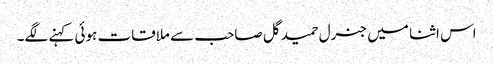
اس اثنا میں جنرل حمید گل صاحب سے ملاقات ہوئی کہنے لگے۔